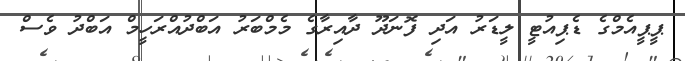
ޕީޕީއެމްގެ ޑެޕިއުޓީ ލީޑަރު އަދި ފޮނަދޫ ދާއިރާގެ މެމްބަރު އަބްދުއްރަހީމް އަބްދު ވެސް